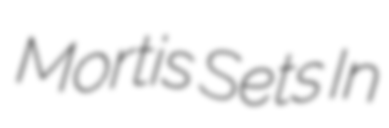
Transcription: Mortis Sets In